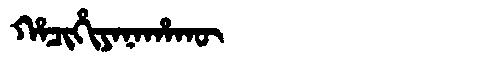
Manchu: ᡥᠠᠴᡳᡥᡳᠶᠠᠨᠠᡥᠠᡴᡡ
Romanization: HACIHIYANAHAKŪ